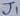
Text: J1